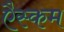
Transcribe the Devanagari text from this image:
एैस्कम